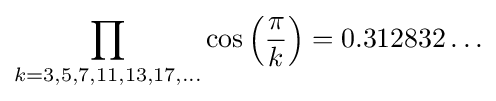
\prod _{k=3,5,7,11,13,17,\ldots }\cos \left({\frac {\pi }{k}}\right)=0.312832\ldots